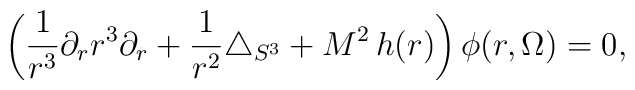
\left(\frac{1}{r^3}\partial_r r^3\partial_r +\frac{1}{r^2}\triangle_{S^3}+M^2\, h(r)\right)\phi(r,\Omega) =0,